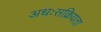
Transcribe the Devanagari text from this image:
अधःसक्रियता